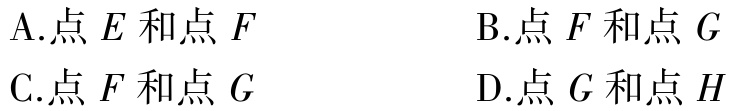
A.点 \(E\) 和点 \(F\)
B.点 \(F\) 和点 \(G\)
C.点 \(F\) 和点 \(G\)
D.点 \(G\) 和点 \(H\)